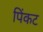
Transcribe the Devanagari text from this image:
पिंकट